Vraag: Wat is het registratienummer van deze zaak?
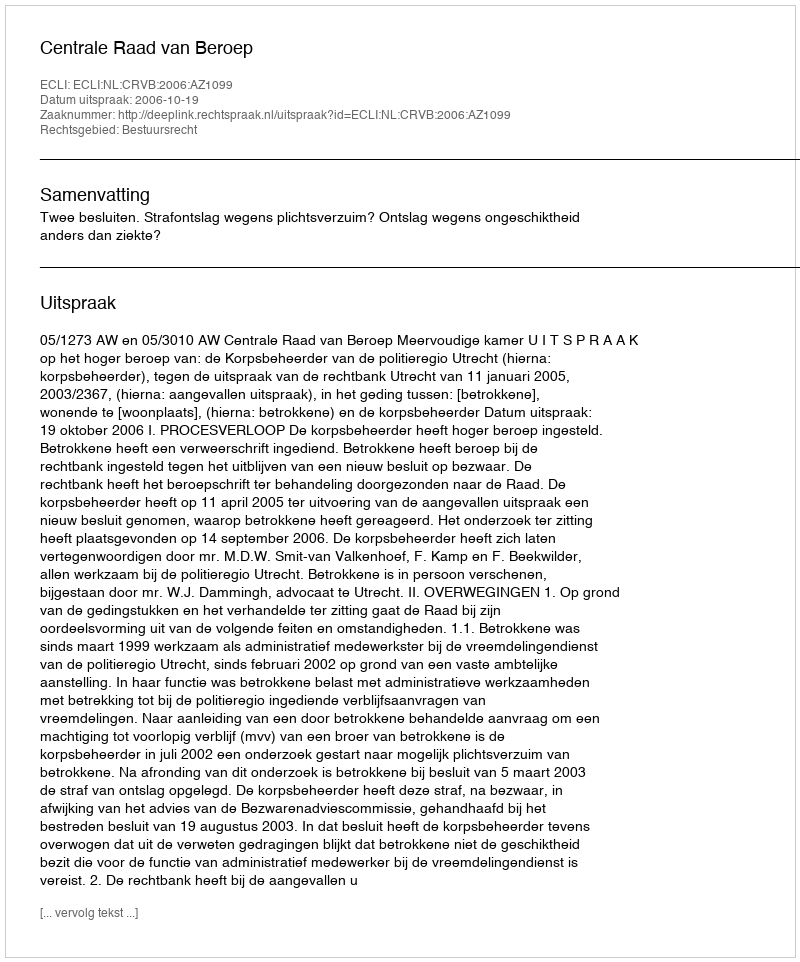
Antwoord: http://deeplink.rechtspraak.nl/uitspraak?id=ECLI:NL:CRVB:2006:AZ1099